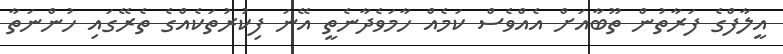
އީލާފްގެ ފަރާތުން ތޫބާއަށް އެއްވެސް ކަމެއް ހާމަވެދާނެތީ އޭނަ ފިކުރުތަކެއްގެ ތެރޭގައި ހުންނަތާ